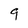
Character: 9